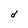
Character: d